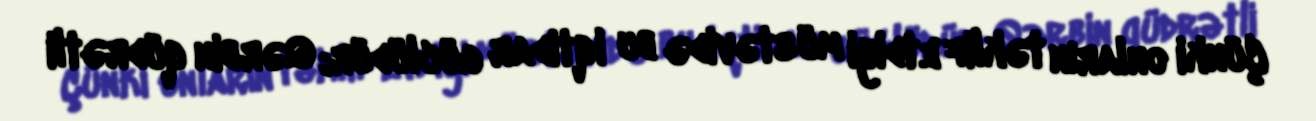
Çünki onların təklif etdiyi müstəvidə bu iqtidar güclüdür; Qərbin qüdrətli